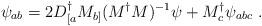
LaTeX: \begin{align*}\psi_{ab} = 2 D_{[a}^{\dagger}M_{b]}(M^{\dagger}M)^{-1}\psi +M_c^{\dagger}\psi_{abc} \ .\end{align*}